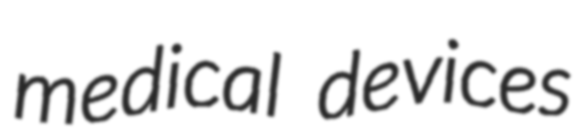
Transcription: medical devices